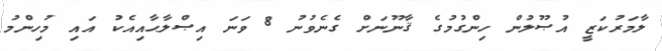
ލާމަރުކަޒީ އުޞޫލުން ހިންގުމުގެ ޤާނޫނަށް ގެނެވުނު 8 ވަނަ އިޞްލާޙާއިއެކު އައި މުހިންމު